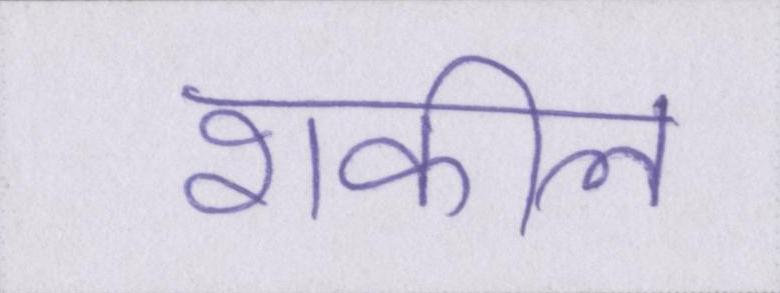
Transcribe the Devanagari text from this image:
शकील